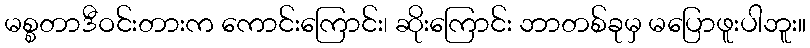
မစ္စတာဒီဝင်းတားက ကောင်းကြောင်း၊ ဆိုးကြောင်း ဘာတစ်ခုမှ မပြောဖူးပါဘူး။